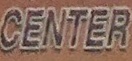
CENTER